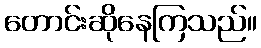
တောင်းဆိုနေကြသည်။